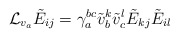
\begin{align*}{\mathcal L}_{v_a}\tilde E_{ij}=\gamma_a^{bc} \tilde v_b^k\tilde v_c^l\tilde E_{kj}\tilde E_{il}\end{align*}